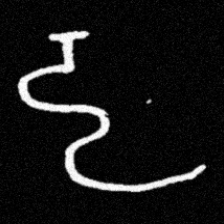
Pyu character \u2014 Myanmar letter: ဠ (romanized: lla)